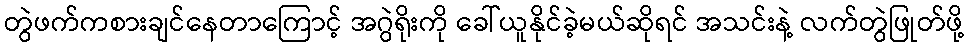
တွဲဖက်ကစားချင်နေတာကြောင့် အဂွဲရိုးကို ခေါ်ယူနိုင်ခဲ့မယ်ဆိုရင် အသင်းနဲ့ လက်တွဲဖြုတ်ဖို့